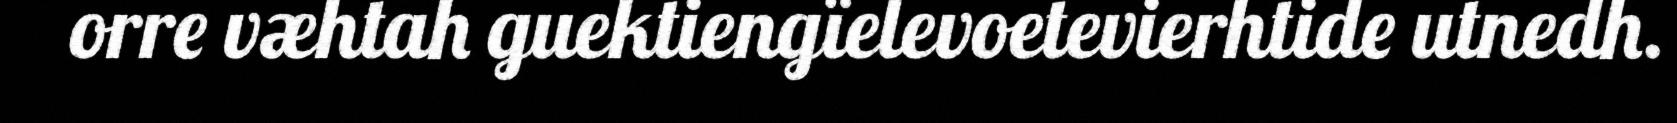
orre væhtah guektiengïelevoetevierhtide utnedh.